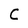
Character: C